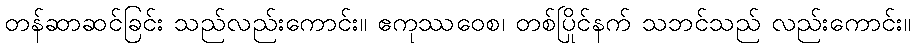
တန်ဆာဆင်ခြင်း သည်လည်းကောင်း။ ဧကုဿဝေစ၊ တစ်ပြိုင်နက် သဘင်သည် လည်းကောင်း။